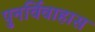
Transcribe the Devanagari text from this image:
पुनर्विवाहास